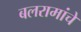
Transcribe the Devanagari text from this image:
बलरामांचे